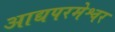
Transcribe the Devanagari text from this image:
आद्यपरमेश्वर